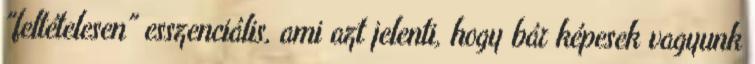
"feltételesen" esszenciális, ami azt jelenti, hogy bár képesek vagyunk